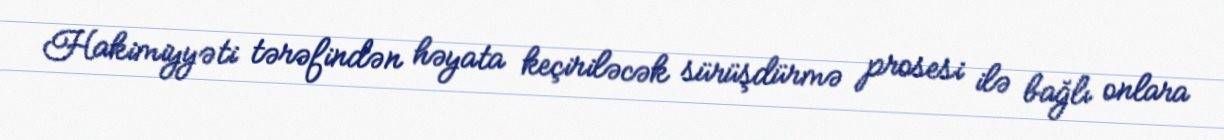
Hakimiyyəti tərəfindən həyata keçiriləcək sürüşdürmə prosesi ilə bağlı onlara